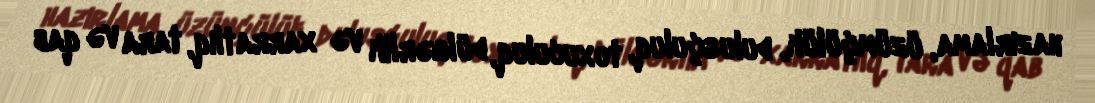
hazırlama, üzümçülük, dulusçuluq, toxuculuq, dülgərlik və xarratlıq, tara və qab